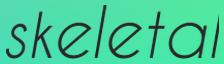
skeletal